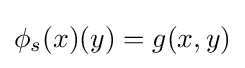
\phi _{s}(x)(y)=g(x,y)